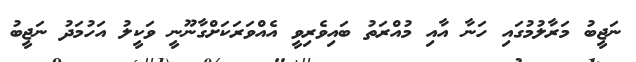
ނަޖީބު މަރާލުމުގައި ހަނާ އާއި މުއްރަތު ބައިވެރިވީ އެއްވަރަކަށްގާނޫނީ ވަކީލު އަހުމަދު ނަޖީބު